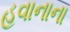
હવાનાના